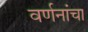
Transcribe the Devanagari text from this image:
वर्णनांचा